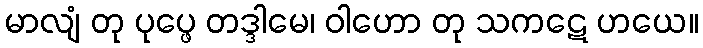
မာလျံ တု ပုပ္ဖေ တဒ္ဒါမေ၊ ဝါဟော တု သကဋေ ဟယေ။